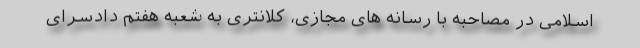
اسلامی در مصاحبه با رسانه های مجازی، کلانتری به شعبه هفتم دادسرای